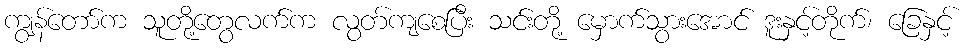
ကျွန်တော်က သူတို့တွေလက်က လွတ်ကျစေပြီး သင်းတို့ မှောက်သွားအောင် ဒူးနှင့်တိုက်၊ ခြေနှင့်